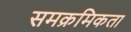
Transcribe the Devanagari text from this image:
समक्रमिकता